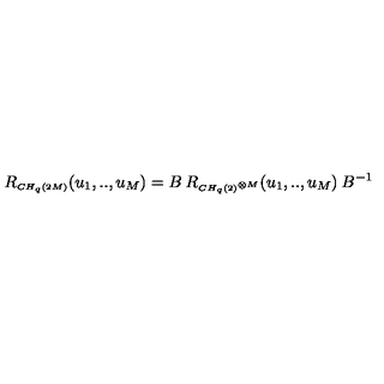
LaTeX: R _ { \scriptscriptstyle C H _ { q } ( 2 M ) } ( u _ { 1 } , . . , u _ { M } ) = B \: R _ { \scriptscriptstyle C H _ { q } ( 2 ) ^ { \otimes M } } ( u _ { 1 } , . . , u _ { M } ) \: B ^ { - 1 } \,